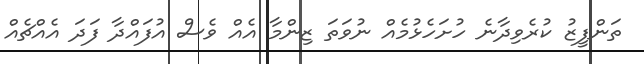
ތަންފީޒު ކުރެވިދާނެ ހުށަހެޅުމެއް ނުވަތަ ޒިންމާ އެއް ވެސް އުފައްދާ ފަދަ އެއްޗެއް